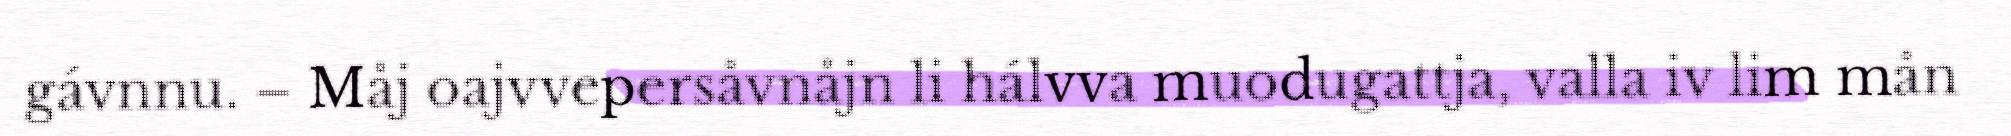
gávnnu. – Måj oajvvepersåvnåjn li hálvva muodugattja, valla iv lim mån